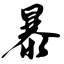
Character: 暴